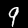
Digit: 9